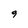
Character: 9